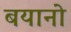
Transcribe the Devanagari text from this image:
बयानो